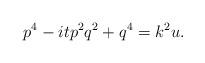
LaTeX: \begin{align*}p^4-itp^2q^2+q^4=k^2u.\end{align*}